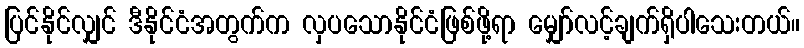
ပြင်နိုင်လျှင် ဒီနိုင်ငံအတွက်က လှပသောနိုင်ငံဖြစ်ဖို့ရာ မျှော်လင့်ချက်ရှိပါသေးတယ်။